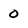
Character: 0